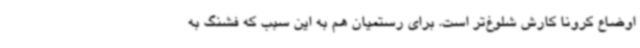
اوضاع کرونا کارش شلوغ‌تر است. برای رستمیان هم به این سبب که فشنگ به